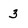
Character: 3